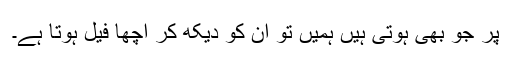
پر جو بھی ہوتی ہیں ہمیں تو ان کو دیکھ کر اچھا فیل ہوتا ہے۔